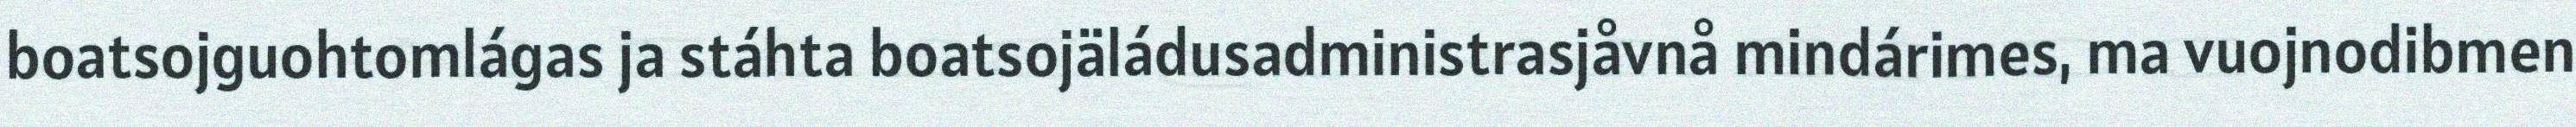
boatsojguohtomlágas ja stáhta boatsojäládusadministrasjåvnå mindárimes, ma vuojnodibmen